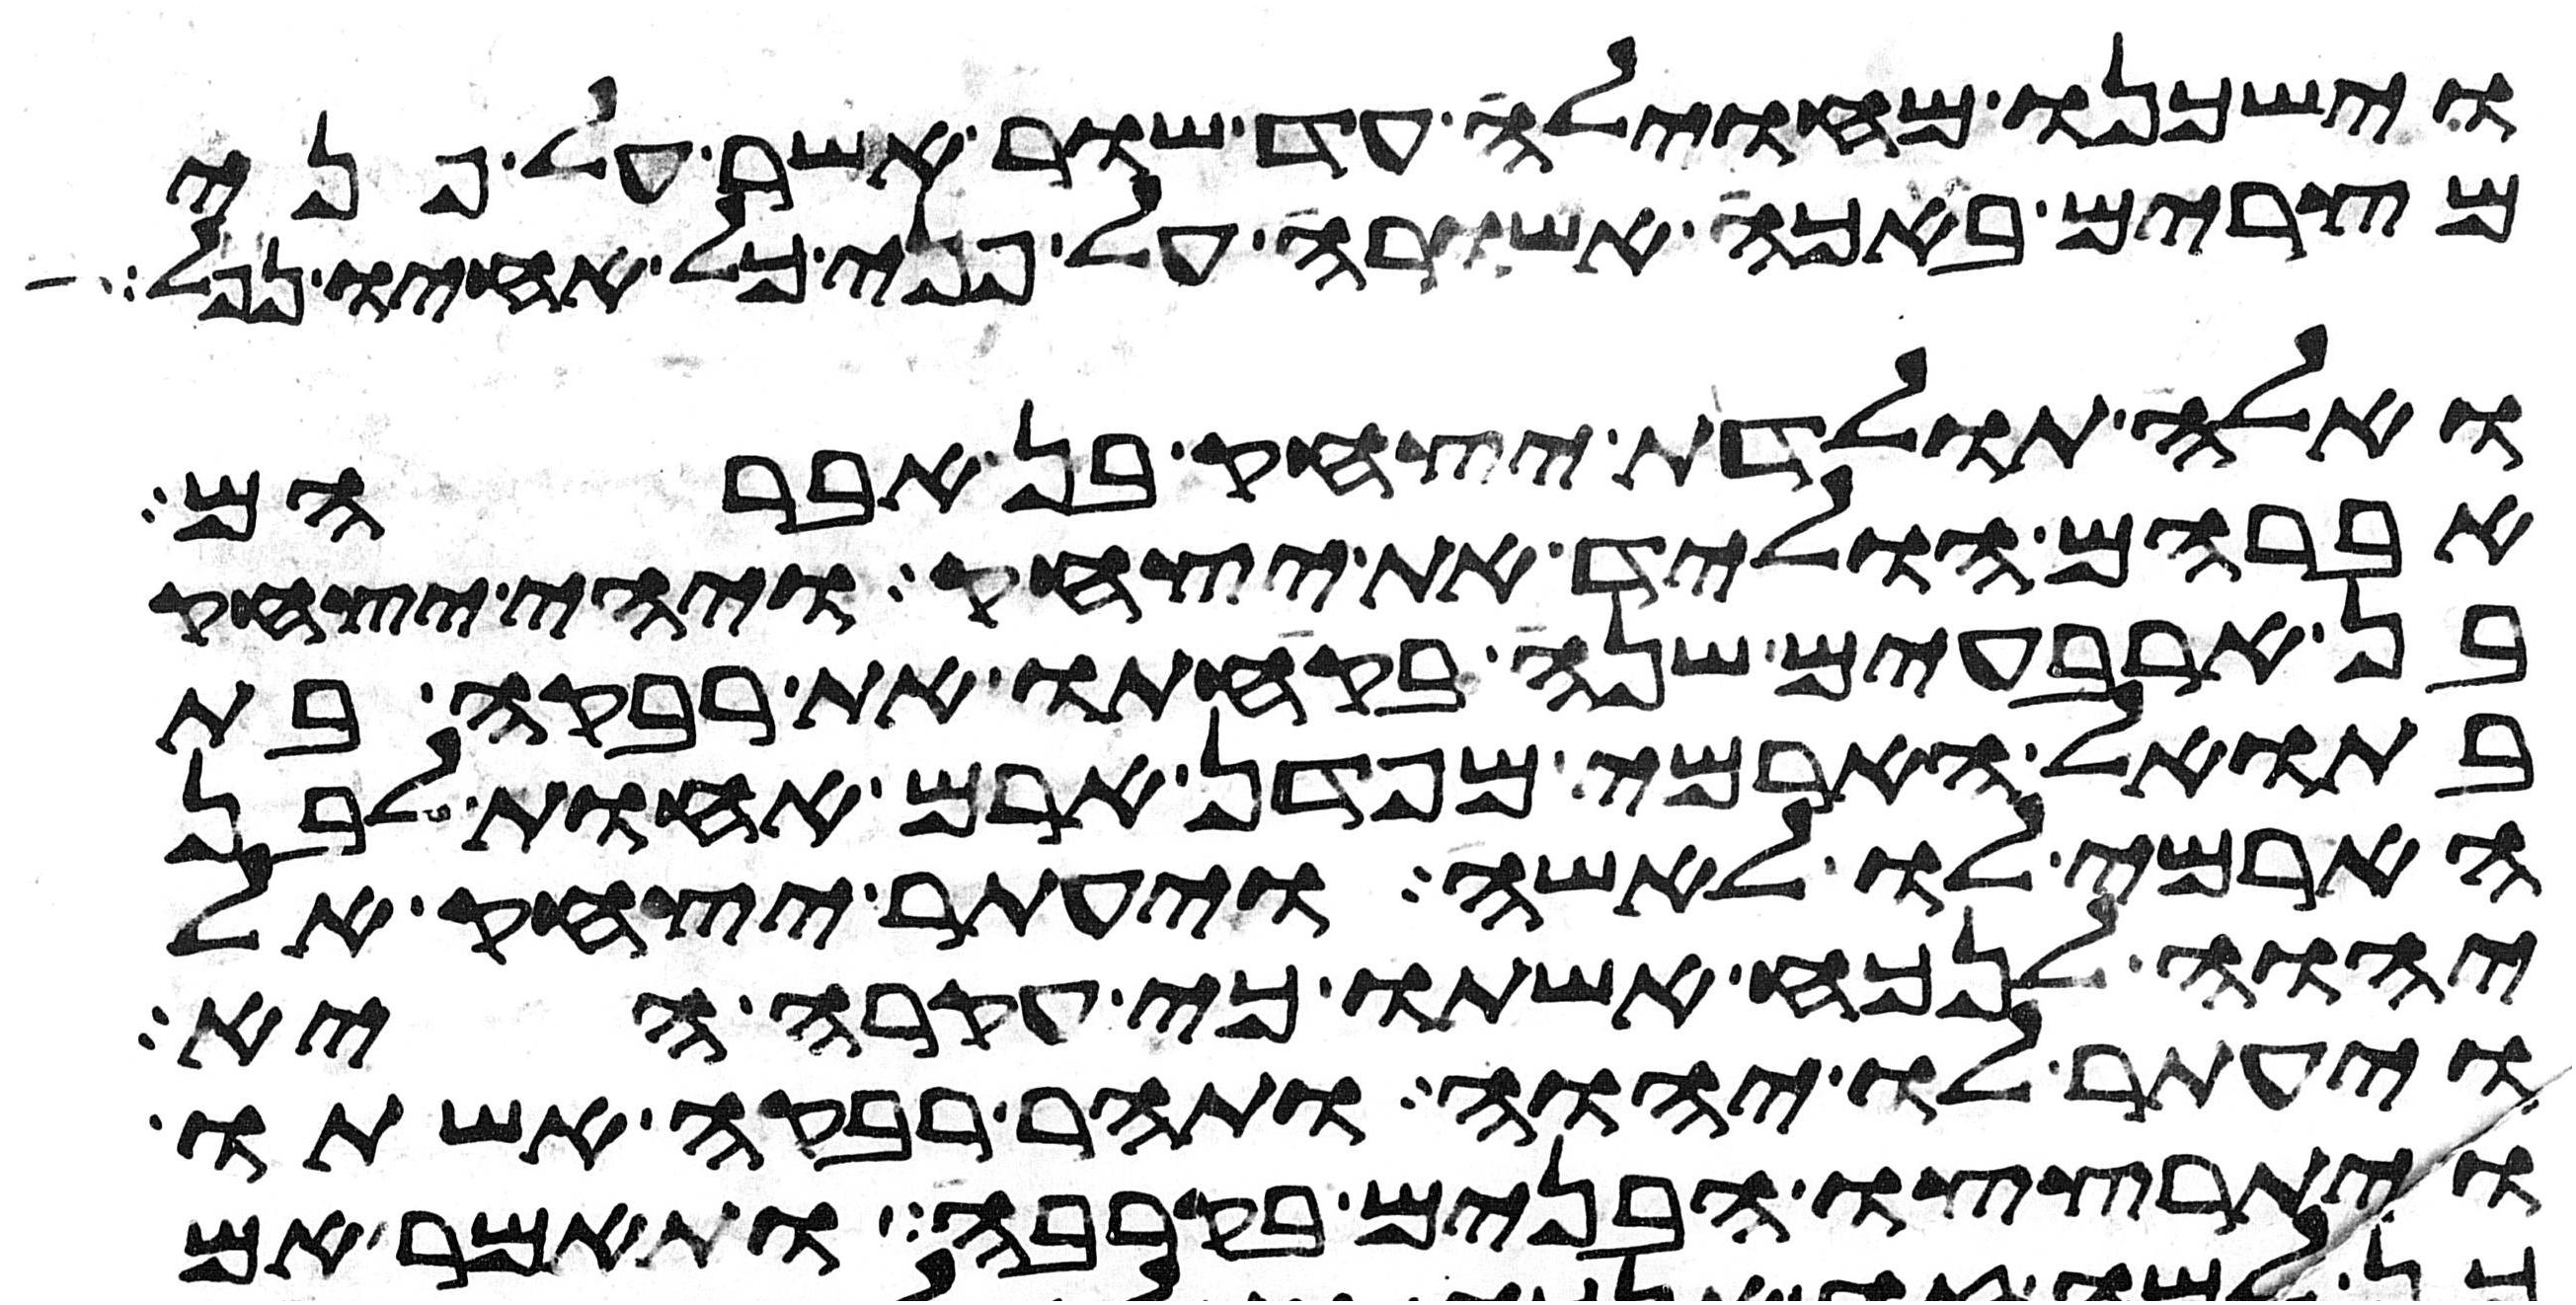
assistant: וישכנו מחוילה עד שור אשר על פני
מצרים באכה אשורה על פני כל אחיו נפל
ואלה תולדת יצחק בן אברהם
אברהם הוליד את יצחק ויהי יצחק
בן ארבעים שנה בקחתו את רבקה בת
בתואל הארמי מפדן ארם אחות לבן
הארמי לו לאשה ויעתר יצחק אל
יהוה לנכח אשתו כי עקרה היא
ויעתר לו יהוה ותהר רבקה אשתו
ויתרצצו הבנים בקרבה ותאמר אם